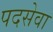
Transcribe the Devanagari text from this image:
पदसेवा